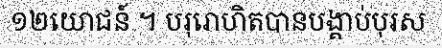
១២យោជន៍ ។ បរុរោហិតបានបង្គាប់បុរស